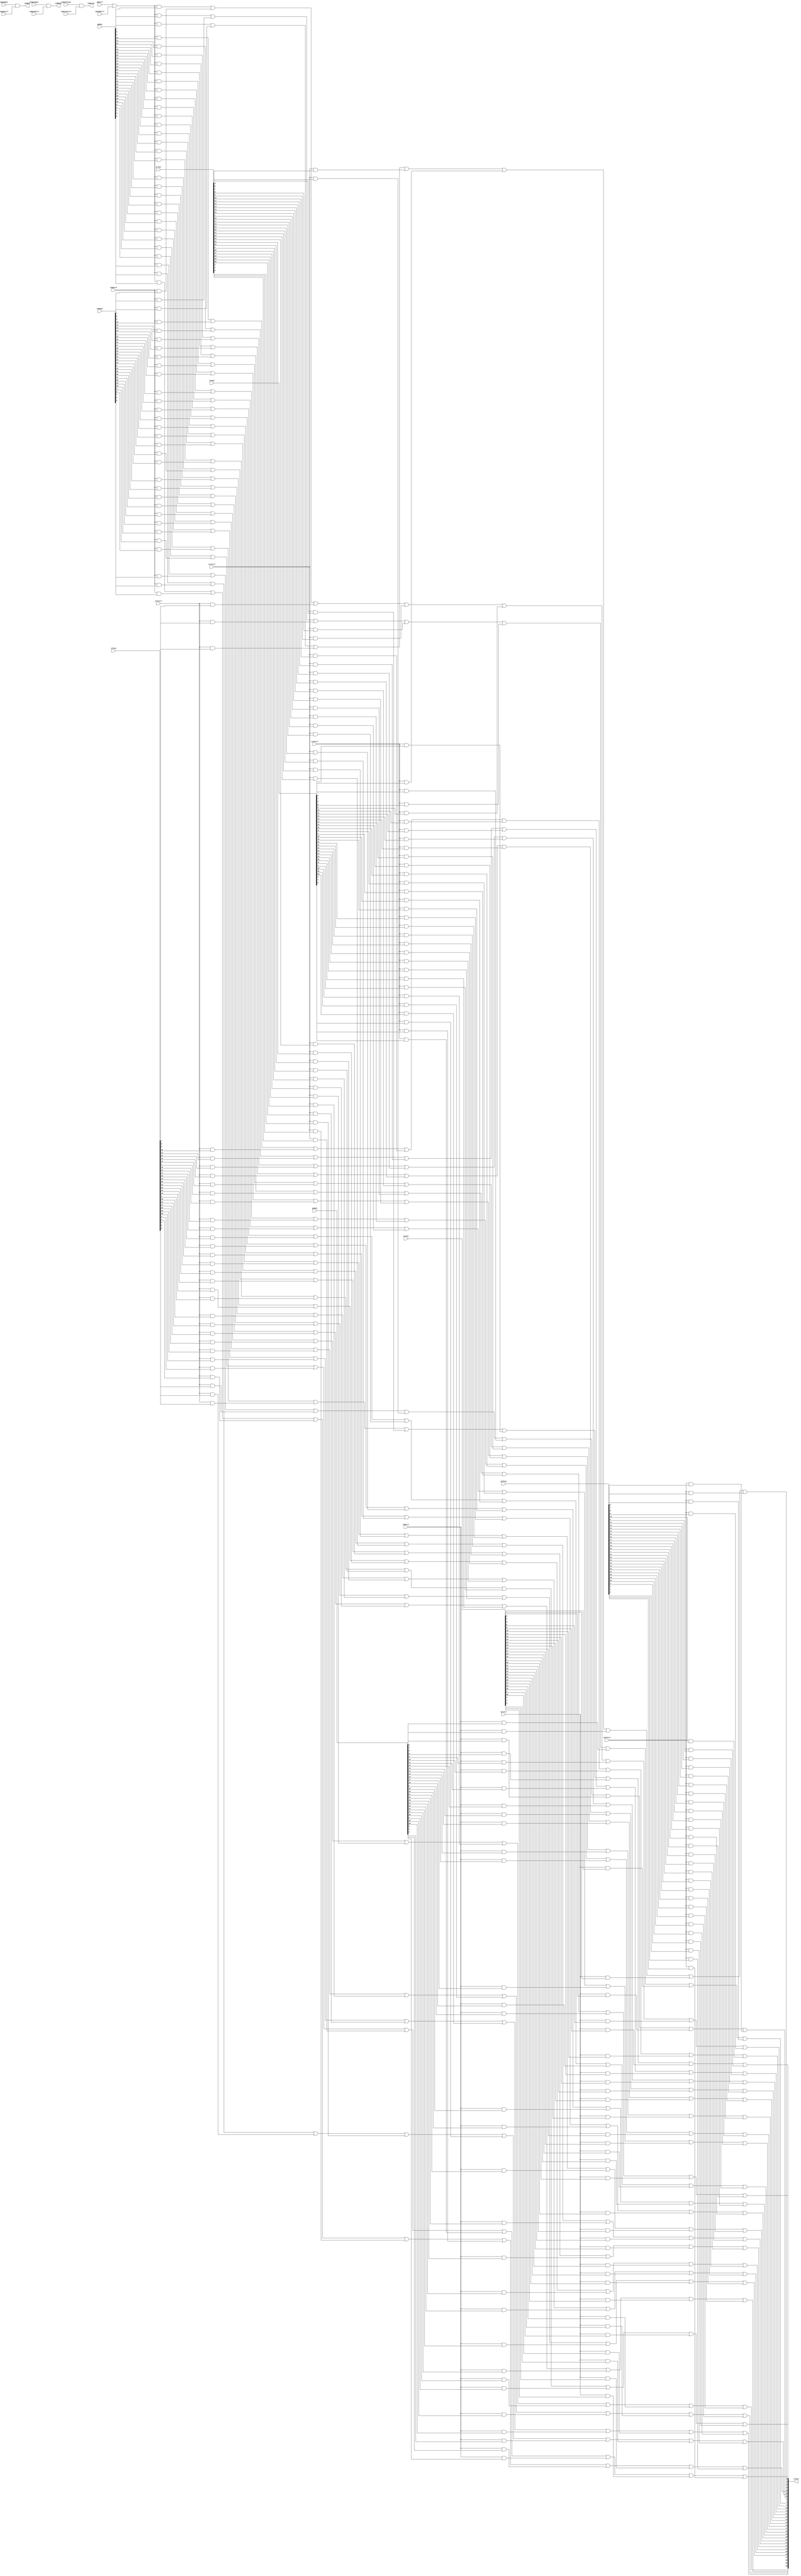
module operation_selector(input[31:0] addout,input[31:0] compout,input[31:0] sllout,
                        input[31:0] srlout,input[31:0] sraout,input[31:0] andout,
                        input[31:0] xorout,input[31:0] diffout,input compeqout,
                        input compneqout,input complessout,input addctrl,input memaddctrl,
                        input compctrl,input sllvctrl,input srlvctrl,input sravctrl,
                        input andctrl,input xorctrl,input diffctrl,input compeqctrl,
                        input compneqctrl,input complessctrl,output[31:0] result,output compeq,
                        output compneq,output compless);
    wire temp;
    or(temp,addctrl,memaddctrl);
    genvar i;
    for(i=0;i<31;i=i+1) begin
        assign result[i]=(temp & addout[i])|(compctrl & compout[i])|(sllvctrl & sllout[i])|
                        (srlvctrl & srlout[i])|(sravctrl & sraout[i])|(andctrl & andout[i])|
                        (xorctrl & xorout[i])|(diffctrl & diffout[i]);
    end
    and(compeq,compeqout,compeqctrl);
    and(compneq,compneqout,compneqctrl);
    and(compless,complessout,complessctrl);
endmodule